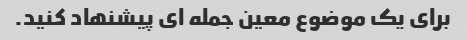
برای یک موضوع معین جمله ای پیشنهاد کنید.